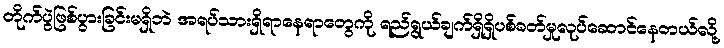
တိုက်ပွဲဖြစ်ပွားခြင်းမရှိဘဲ အရပ်သားရှိရာနေရာတွေကို ရည်ရွယ်ချက်ရှိရှိပစ်ခတ်မှုလုပ်ဆောင်နေတယ်လို့